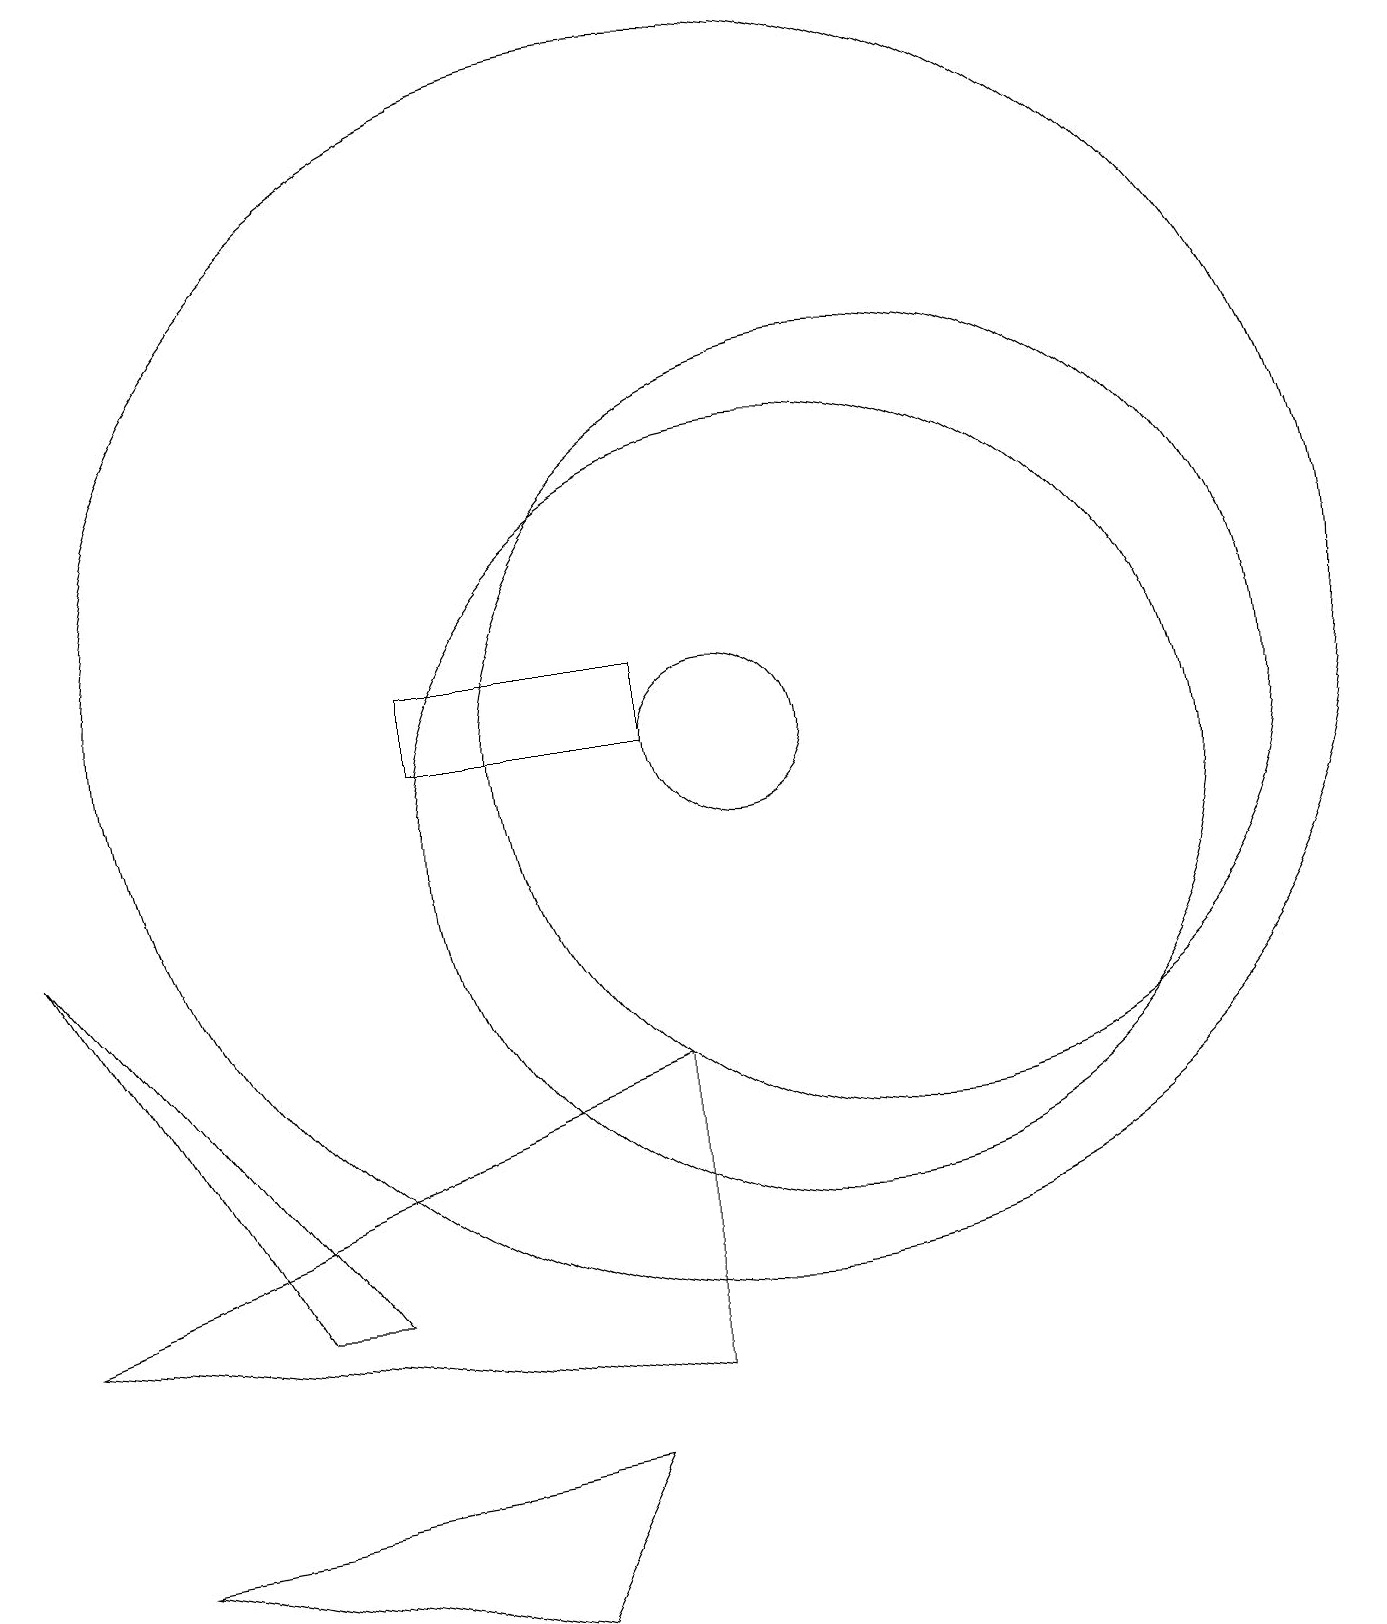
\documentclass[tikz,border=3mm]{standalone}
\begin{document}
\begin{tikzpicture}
\draw (9,12) rectangle (6,11);
\draw (2,1) -- (8,2) -- (7,0) -- cycle;
\draw (10,11) circle (1);
\draw (5,4) -- (4,4) -- (1,9) -- cycle;
\draw (1,4) -- (9,3) -- (9,7) -- cycle;
\draw (11,10) circle (5);
\draw (10,12) circle (8);
\draw (12,11) circle (5);
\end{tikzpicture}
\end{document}